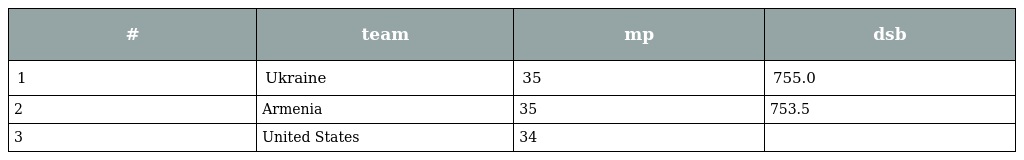
| # | team | mp | dsb |
 | --- | --- | --- | --- |
 | 1 | Ukraine | 35 | 755.0 |
 | 2 | Armenia | 35 | 753.5 |
 | 3 | United States | 34 |  |